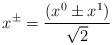
LaTeX: \begin{align*}x^{\pm}=\frac{\left(x^0 \pm x^1\right)}{\sqrt{2}}\end{align*}